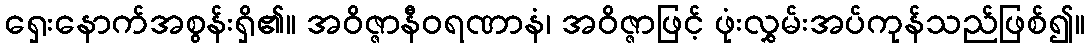
ရှေးနောက်အစွန်းရှိ၏။ အဝိဇ္ဇာနီဝရဏာနံ၊ အဝိဇ္ဇာဖြင့် ဖုံးလွှမ်းအပ်ကုန်သည်ဖြစ်၍။